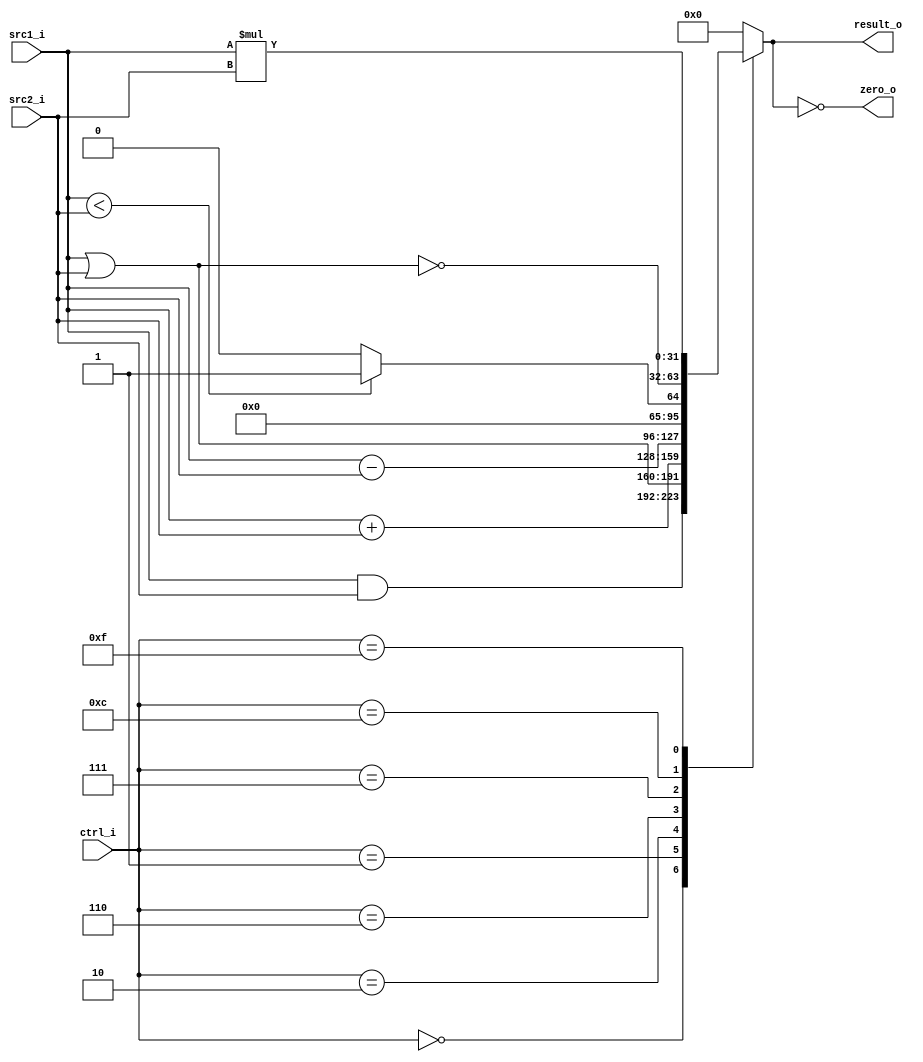
//0516094 0516077
//Subject:     CO project 2 - ALU
//--------------------------------------------------------------------------------
//Version:     1
//--------------------------------------------------------------------------------
//Writer:      
//----------------------------------------------
//Date:        
//----------------------------------------------
//Description: 
//--------------------------------------------------------------------------------

module ALU(
    src1_i,
	src2_i,
	ctrl_i,
	result_o,
	zero_o
	);
     
//I/O ports
input signed [32-1:0]  src1_i;
input signed [32-1:0]  src2_i;
input  [4-1:0]   ctrl_i;

output [32-1:0]	 result_o;
output           zero_o;

//Internal signals
reg    [32-1:0]  result_o;
wire             zero_o;

//Parameter

//Main function
assign zero_o = (result_o == 0);
always @(ctrl_i,src1_i,src2_i) begin
	case(ctrl_i)
		0:result_o <= src1_i&src2_i;
		1:result_o <= src1_i|src2_i;
		2:result_o <= src1_i+src2_i;
		6:result_o <= src1_i-src2_i;
		7:result_o <= src1_i<src2_i?1:0;
		12:result_o <= ~(src1_i|src2_i);
		15:result_o <=src1_i*src2_i;
		default:result_o <= 0;
	endcase
end

endmodule